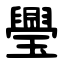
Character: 璺